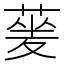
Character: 蓌